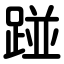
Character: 踫